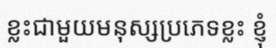
ខ្លះជាមួយមនុស្សប្រភេទខ្លះ ខ្ញុំ